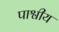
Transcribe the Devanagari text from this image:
पाश्वीय